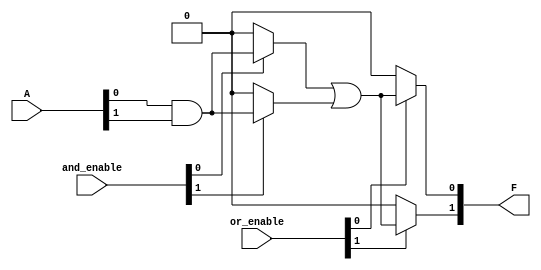
module PLA #(
    parameter NUM_INPUTS = 4,    // Number of inputs (A1, A2, ..., An)
    parameter NUM_AND_GATES = 4,  // Number of AND gates
    parameter NUM_OUTPUTS = 2     // Number of outputs (F1, F2, ..., Fm)
)(
    input wire [NUM_INPUTS-1:0] A, // Input vector (A1, A2, ..., An)
    input wire [NUM_AND_GATES-1:0] and_enable, // Enable signals for AND gates
    input wire [NUM_OUTPUTS-1:0] or_enable, // Enable signals for OR gates
    output wire [NUM_OUTPUTS-1:0] F // Output vector (F1, F2, ..., Fm)
);

    // Internal signals for AND gate outputs
    wire [NUM_AND_GATES-1:0] and_out;

    // AND Plane: Programmable AND gates
    genvar i;
    generate
        for (i = 0; i < NUM_AND_GATES; i = i + 1) begin : and_gate
            assign and_out[i] = (and_enable[i]) ? (A[0] & A[1]) : 1'b0; // Example logic
            // You can customize the logic for each AND gate based on your requirements
        end
    endgenerate

    // OR Plane: Programmable OR gates
    genvar j;
    generate
        for (j = 0; j < NUM_OUTPUTS; j = j + 1) begin : or_gate
            assign F[j] = (or_enable[j]) ? (and_out[0] | and_out[1]) : 1'b0; // Example logic
            // You can customize the logic for each OR gate based on your requirements
        end
    endgenerate

endmodule